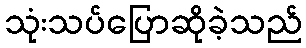
သုံးသပ်ပြောဆိုခဲ့သည်